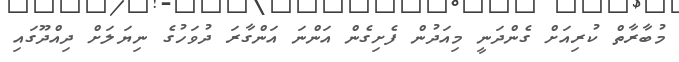
މުބާރާތް ކުރިއަށް ގެންދަނީ މިއަދުން ފެށިގެން އަންނަ އަންގާރަ ދުވަހުގެ ނިޔަަލަށް ދިއްދޫގައި